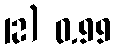
12) 0.99